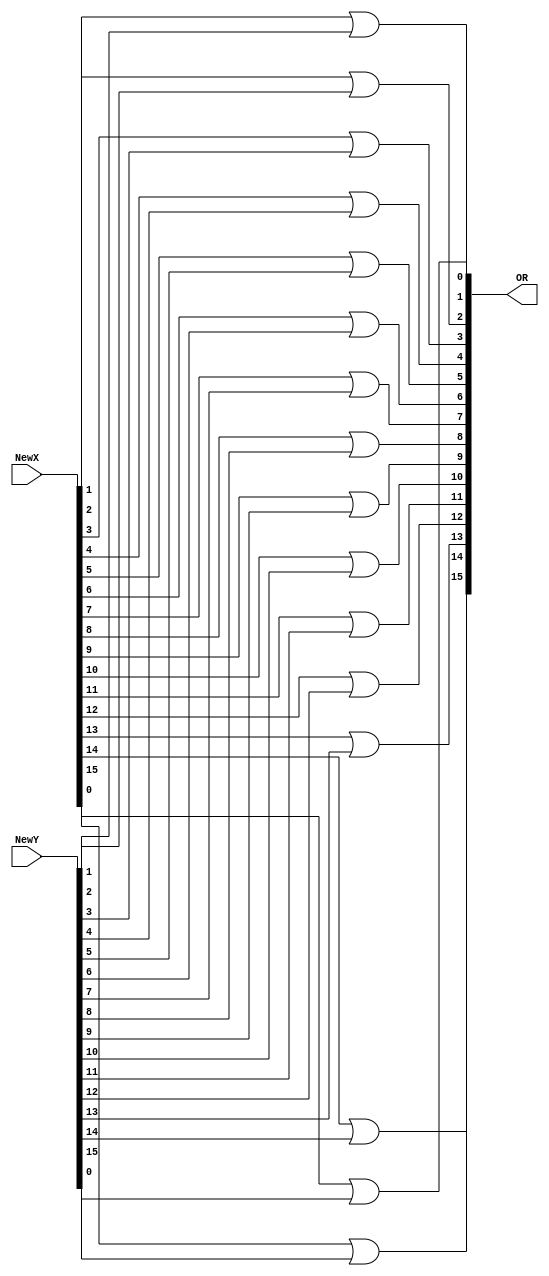
`timescale 1ns / 1ps

module orop(OR, NewX,NewY);
input [15:0] NewX,NewY;
output [15:0] OR;


// ORing each bit individually with ouput begin OR
or(OR[0],NewX[0],NewY[0]);
or(OR[1],NewX[1],NewY[1]);
or(OR[2],NewX[2],NewY[2]);
or(OR[3],NewX[3],NewY[3]);
or(OR[4],NewX[4],NewY[4]);
or(OR[5],NewX[5],NewY[5]);
or(OR[6],NewX[6],NewY[6]);
or(OR[7],NewX[7],NewY[7]);
or(OR[8],NewX[8],NewY[8]);
or(OR[9],NewX[9],NewY[9]);
or(OR[10],NewX[10],NewY[10]);
or(OR[11],NewX[11],NewY[11]);
or(OR[12],NewX[12],NewY[12]);
or(OR[13],NewX[13],NewY[13]);
or(OR[14],NewX[14],NewY[14]);
or(OR[15],NewX[15],NewY[15]);

endmodule